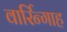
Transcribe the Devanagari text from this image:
वार्रिन्गाह